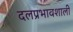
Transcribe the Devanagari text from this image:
दलप्रभावशाली